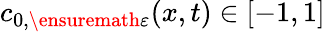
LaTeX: c_{0,\ensuremath{\varepsilon}}(x,t)\in[-1,1]